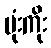
မုံးကိုး